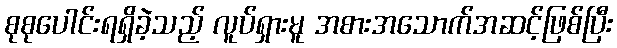
စုစုပေါင်းရရှိခဲ့သည့် လူပ်ရှားမူ အစားအသောက်အဆင့်ဖြစ်ပြီး